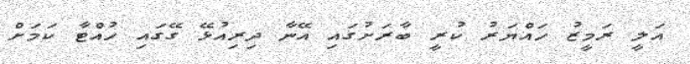
އަލީ ރަމީޒު ހައްޔަރު ކުރީ ބާރަށުގައި އޭނާ ދިރިއުޅޭ ގޭގައި ހުއްޓާ ކަމަށް